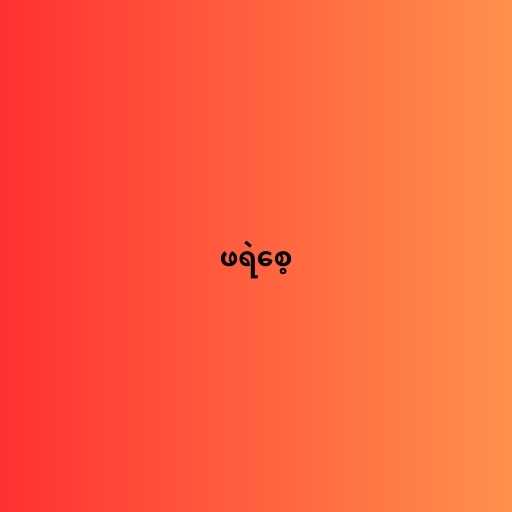
ဖရဲစေ့